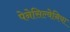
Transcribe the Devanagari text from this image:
पेनेसिल्वेनिया